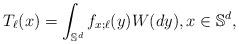
LaTeX: \begin{align*}T_\ell(x)=\int_{\mathbb{S}^d} f_{x;\ell}(y) W(dy), x\in \mathbb{S}^d,\end{align*}